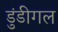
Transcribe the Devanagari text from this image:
डुंडीगल